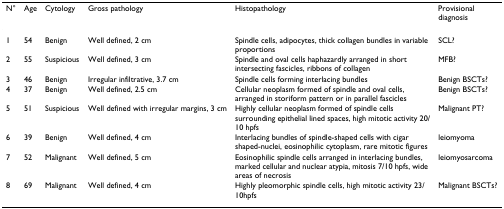
<table><thead><tr><td><b>N°</b></td><td><b>Age</b></td><td><b>Cytology</b></td><td><b>Gross pathology</b></td><td><b>Histopathology</b></td><td><b>Provisional diagnosis</b></td></tr></thead><tbody><tr><td>1</td><td>54</td><td>Benign</td><td>Well defined, 2 cm</td><td>Spindle cells, adipocytes, thick collagen bundles in variable proportions</td><td>SCL?</td></tr><tr><td>2</td><td>55</td><td>Suspicious</td><td>Well defined, 3 cm</td><td>Spindle and oval cells haphazardly arranged in short intersecting fascicles, ribbons of collagen</td><td>MFB?</td></tr><tr><td>3</td><td>46</td><td>Benign</td><td>Irregular infiltrative, 3.7 cm</td><td>Spindle cells forming interlacing bundles</td><td>Benign BSCTs?</td></tr><tr><td>4</td><td>37</td><td>Benign</td><td>Well defined, 2.5 cm</td><td>Cellular neoplasm formed of spindle and oval cells, arranged in storiform pattern or in parallel fascicles</td><td>Benign BSCTs?</td></tr><tr><td>5</td><td>51</td><td>Suspicious</td><td>Well defined with irregular margins, 3 cm</td><td>Highly cellular neoplasm formed of spindle cells surrounding epithelial lined spaces, high mitotic activity 20/10 hpfs</td><td>Malignant PT?</td></tr><tr><td>6</td><td>39</td><td>Benign</td><td>Well defined, 4 cm</td><td>Interlacing bundles of spindle-shaped cells with cigar shaped-nuclei, eosinophilic cytoplasm, rare mitotic figures</td><td>leiomyoma</td></tr><tr><td>7</td><td>52</td><td>Malignant</td><td>Well defined, 5 cm</td><td>Eosinophilic spindle cells arranged in interlacing bundles, marked cellular and nuclear atypia, mitosis 7/10 hpfs, wide areas of necrosis</td><td>leiomyosarcoma</td></tr><tr><td>8</td><td>69</td><td>Malignant</td><td>Well defined, 4 cm</td><td>Highly pleomorphic spindle cells, high mitotic activity 23/10hpfs</td><td>Malignant BSCTs?</td></tr></tbody></table>